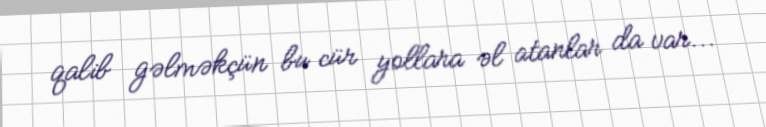
qalib gəlməkçün bu cür yollara əl atanlar da var...